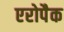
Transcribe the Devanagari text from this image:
एरोपैक